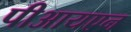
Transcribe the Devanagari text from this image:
पीआयएन